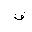
Letter: _qaf